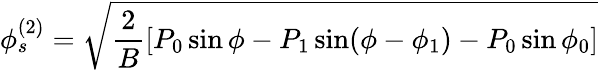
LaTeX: \phi_{s}^{(2)}=\sqrt{\frac{2}{B}[P_{0}\sin\phi-P_{1}\sin(\phi-\phi_{1})-P_{0}\sin\phi_{0}]}